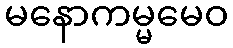
မနောကမ္မမေဝ